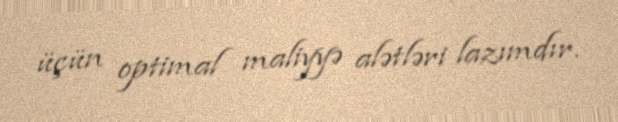
üçün optimal maliyyə alətləri lazımdır.